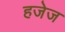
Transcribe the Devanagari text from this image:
हजेज